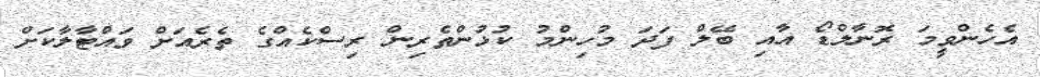
އެހެންވީމަ ރޮނާލްޑޯ އާއި ބޭލް ފަދަ މުހިންމު ކުޅުންތެރިން ރިސްކެއްގެ ތެރެއަށް ވައްޓާލާކަށް